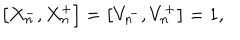
\left[ X _ { n } ^ { - } , X _ { n } ^ { + } \right] = \left[ V _ { n } ^ { - } , V _ { n } ^ { + } \right] = 1 ,